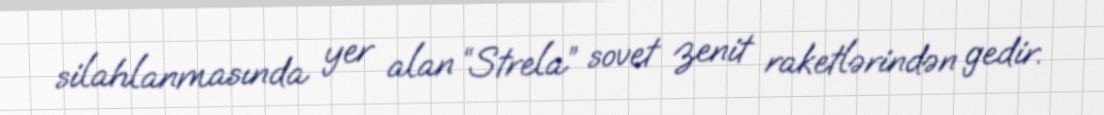
silahlanmasında yer alan “Strela” sovet zenit raketlərindən gedir.